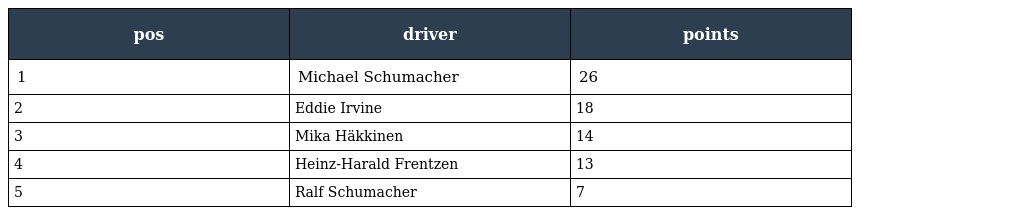
| pos | driver | points |
 | --- | --- | --- |
 | 1 | Michael Schumacher | 26 |
 | 2 | Eddie Irvine | 18 |
 | 3 | Mika Häkkinen | 14 |
 | 4 | Heinz-Harald Frentzen | 13 |
 | 5 | Ralf Schumacher | 7 |